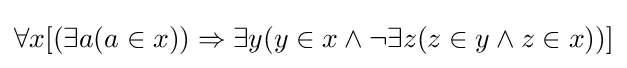
\forall x[(\exists a(a\in x))\Rightarrow \exists y(y\in x\land \lnot \exists z(z\in y\land z\in x))]